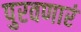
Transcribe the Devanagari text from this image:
पुरवणारं